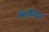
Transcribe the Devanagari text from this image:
भयभत